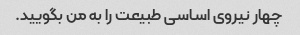
چهار نیروی اساسی طبیعت را به من بگویید.